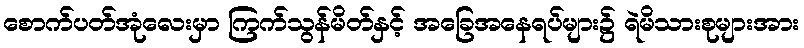
စောက်ပတ်အုံလေးမှာ ကြက်သွန်မိတ်နှင့် အခြေအနေရပ်များ၌ ရဲမိသားစုများအား